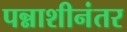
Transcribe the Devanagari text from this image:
पन्नाशीनंतर